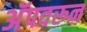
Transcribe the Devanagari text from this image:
अॅपवरून